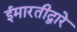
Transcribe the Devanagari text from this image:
ईमारतीद्वारे